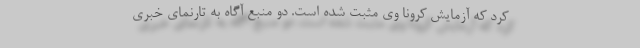
کرد که آزمایش کرونا وی مثبت شده است. دو منبع آگاه به تارنمای خبری